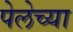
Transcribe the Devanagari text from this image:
पेलेच्या